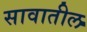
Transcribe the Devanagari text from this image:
सावातील